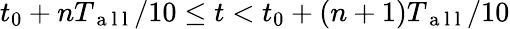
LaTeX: t_{0}+nT_{\mathrm{~a~l~l~}}/10\leq t<t_{0}+(n+1)T_{\mathrm{~a~l~l~}}/10